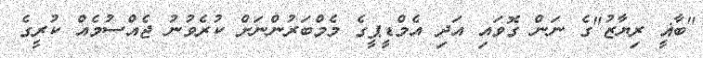
"ބާޣީ ރިޔާޒު"ގެ ނަން ގޮވައި އަދި އެމްޑީޕީގެ މެމްބަރުންނަށް ކުރެވުނު ޖެއްސުމެއް ކުރީގެ